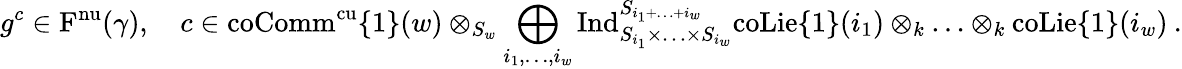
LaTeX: g^{c}\in\mathrm{F}^{\mathrm{nu}}(\gamma),\quad c\in\mathrm{coComm}^{\mathrm{cu}}\{ 1\} (w)\otimes_{S_{w}}\bigoplus_{i_{1},\ldots,i_{w}}\mathrm{Ind}_{S_{i_{1}}\times\ldots\times S_{i_{w}}}^{S_{i_{1}+\ldots+i_{w}}}\mathrm{coLie}\{ 1\} (i_{1})\otimes_{k}\ldots\otimes_{k}\mathrm{coLie}\{ 1\} (i_{w})\: .